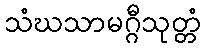
သံဃသာမဂ္ဂီသုတ္တံ